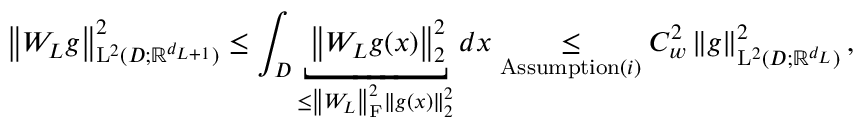
\left\| W _ { L } g \right\| _ { \mathrm { L } ^ { 2 } ( D ; \mathbb { R } ^ { d _ { L + 1 } } ) } ^ { 2 } \leq \int _ { D } \underbracket { \left\| W _ { L } g ( x ) \right\| _ { 2 } ^ { 2 } } _ { \leq \left\| W _ { L } \right\| _ { \mathrm { F } } ^ { 2 } \left\| g ( x ) \right\| _ { 2 } ^ { 2 } } d x \underset { \mathrm { A s s u m p t i o n } ( i ) } { \leq } C _ { w } ^ { 2 } \left\| g \right\| _ { \mathrm { L } ^ { 2 } ( D ; \mathbb { R } ^ { d _ { L } } ) } ^ { 2 } ,